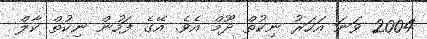
2004 ވަނަ އަހަރު ނިކުތް ދޫމް އެވެ. އޭގެ ފަހުން ނިކުތް ކާލް